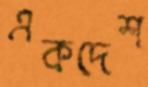
একদেশ